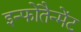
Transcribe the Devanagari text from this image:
इन्फोतैन्मेंट